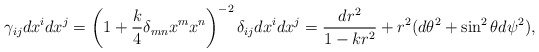
\begin{align*}\gamma_{ij}dx^idx^j=\left(1+{k\over 4}\delta_{mn}x^mx^n\right)^{-2}\delta_{ij}dx^idx^j={{dr^2}\over{1-kr^2}}+r^2(d\theta^2+\sin^2\theta d\psi^2),\end{align*}